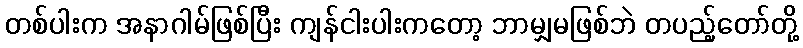
တစ်ပါးက အနာဂါမ်ဖြစ်ပြီး ကျန်ငါးပါးကတော့ ဘာမျှမဖြစ်ဘဲ တပည့်တော်တို့